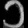
Digit: ၁